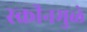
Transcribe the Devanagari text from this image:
स्क्रीनमुळे